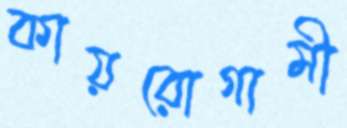
কায়রোগামী